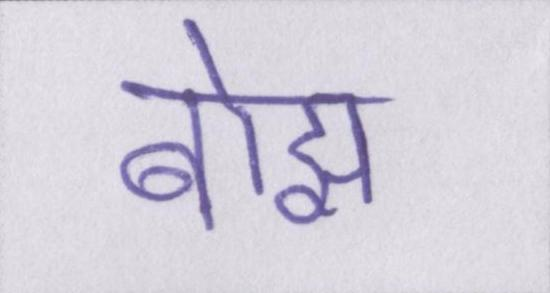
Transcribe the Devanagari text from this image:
बोझ